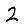
Digit: 2